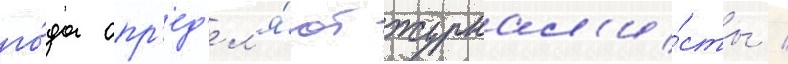
го́да опр'ед'ел'я́ют журнал'и́сты /